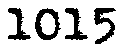
1015